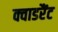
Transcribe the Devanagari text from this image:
क्वाडरैंट